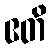
ဧတိ